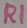
Text: R1